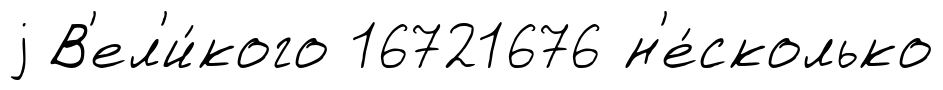
j В'ел'и́кого 16721676 н'е́сколько